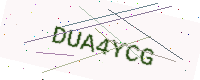
Text: DUA4YCG